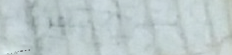
Try Our Pizza